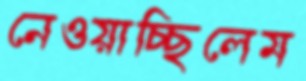
নেওয়াচ্ছিলেম